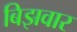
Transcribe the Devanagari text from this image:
बिझवार